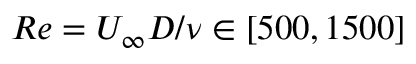
R e = U _ { \infty } D / \nu \in [ 5 0 0 , 1 5 0 0 ]